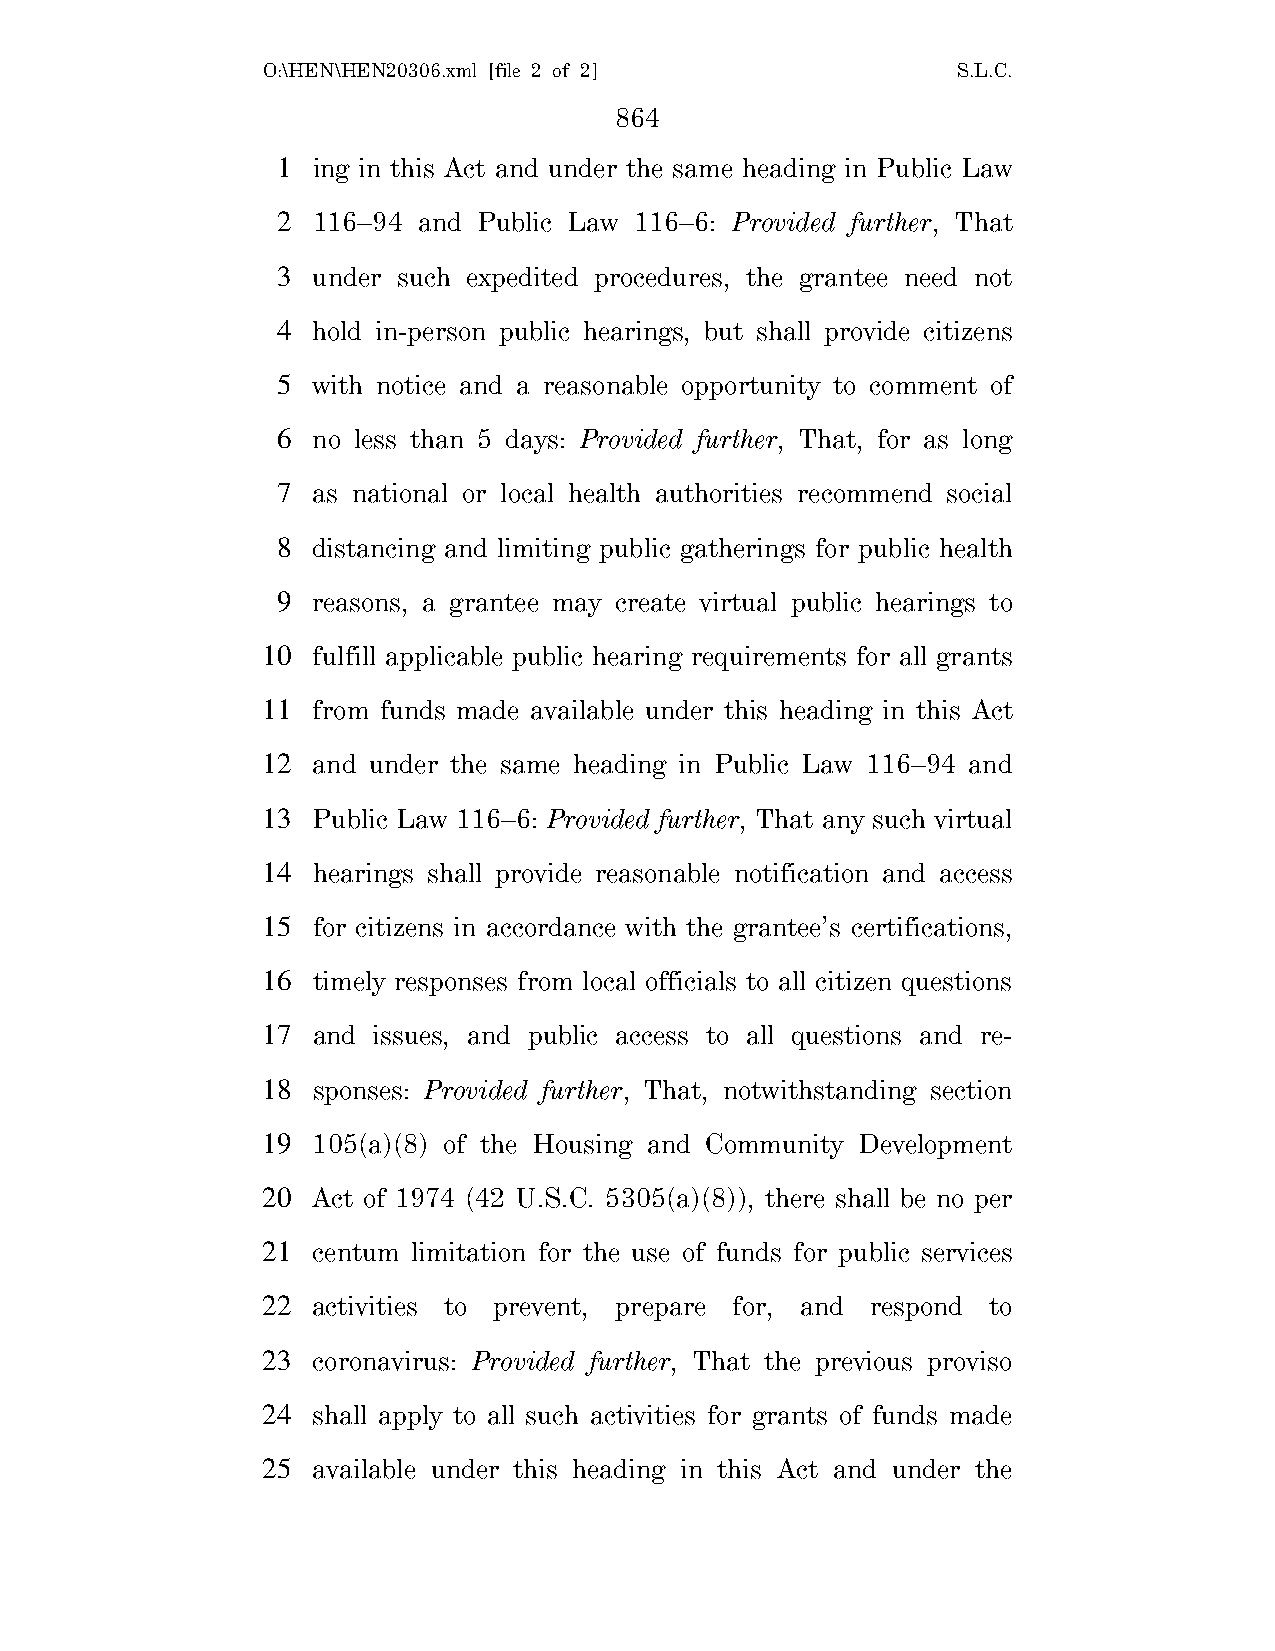
O:\HEN\HEN20306.xml [file 2 of 2]             S.L.C.
 864
 1  ing in this Act and under the same heading in Public Law
 2  116–94 and Public Law 116–6: Provided further, That
 3  under such expedited procedures, the grantee need not
 4  hold in-person public hearings, but shall provide citizens
 5  with notice and a reasonable opportunity to comment of
 6  no less than 5 days: Provided further, That, for as long
 7  as national or local health authorities recommend social
 8  distancing and limiting public gatherings for public health
 9  reasons, a grantee may create virtual public hearings to
 10  fulfill applicable public hearing requirements for all grants
 11  from funds made available under this heading in this Act
 12  and under the same heading in Public Law 116–94 and
 13  Public Law 116–6: Provided further, That any such virtual
 14  hearings shall provide reasonable notification and access
 15  for citizens in accordance with the grantee’s certifications,
 16  timely responses from local officials to all citizen questions
 17  and issues, and public access to all questions and re-
 18  sponses: Provided further, That, notwithstanding section
 19  105(a)(8) of the Housing and Community Development
 20  Act of 1974 (42 U.S.C. 5305(a)(8)), there shall be no per
 21  centum limitation for the use of funds for public services
 22  activities to prevent, prepare for, and respond to
 23  coronavirus: Provided further, That the previous proviso
 24  shall apply to all such activities for grants of funds made
 25  available under this heading in this Act and under the